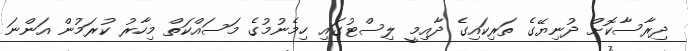
ދިރާސާކޮށް ދުނިޔޭގެ ތަރިކައިގެ ދާއިމީ ލިސްޓުގައި ހިމެނުމުގެ މަސައްކަތް މިހާރު ކުރަމުން އަންނަ